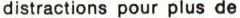
distractions pour plus de